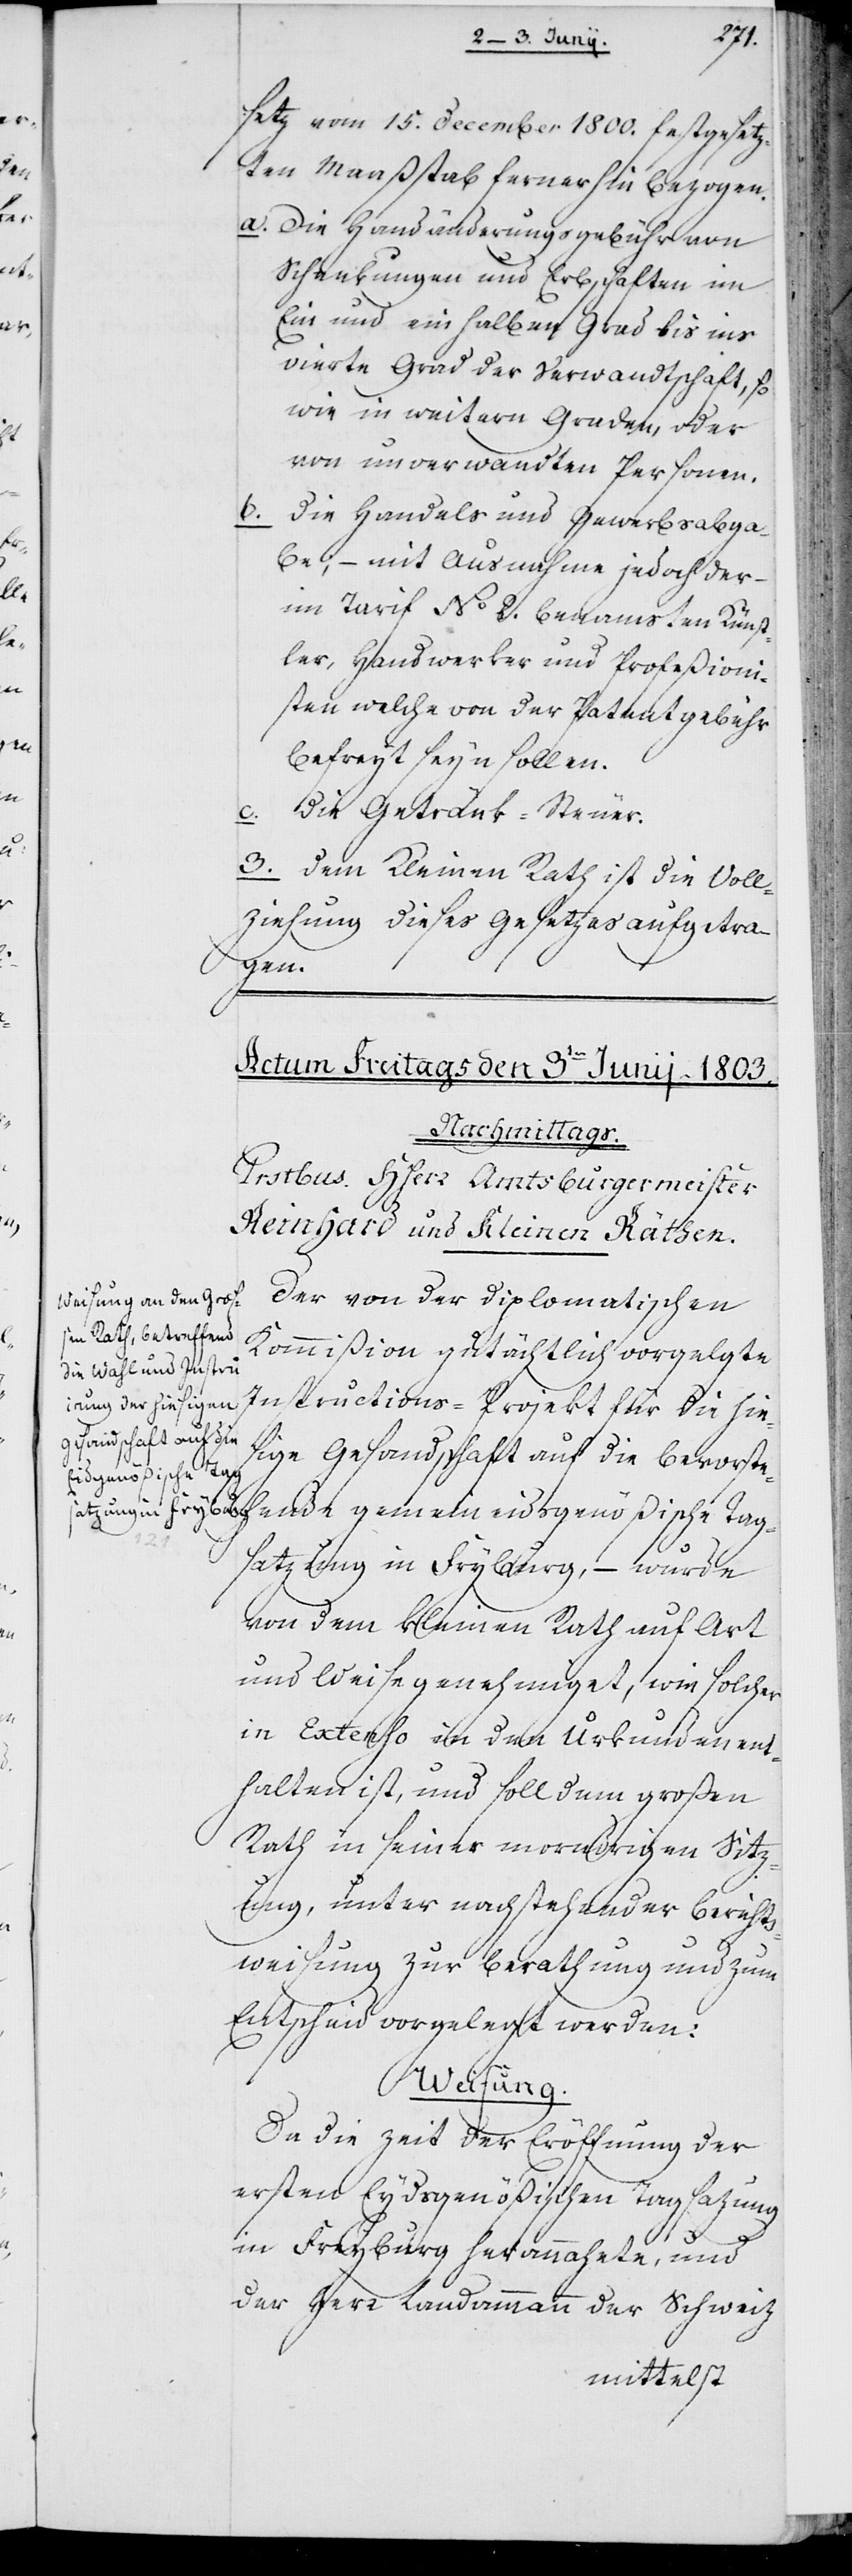
setz vom 15. December 1800. festgesetz¬
ten Maaßstab fernerhin bezogen.
a.	Die Handänderungsgebühren
Schenkungen und Erbschaften im
Ein und einhalben Grad bis ins
vierte Grad der Verwandtschaft, so
wie in weitern Graden, oder
von unverwandten Personen.
b.	Die Handels- und Gewerbsabga¬
be; – mit Ausnahme jedoch der
im Tarif No 2. benamsten Künst¬
ler, Handwerker und Profeßioni¬
sten, welche von der Patentgebühr
befreyt sein sollen.
c.	Die Getränk-Steuer.
3.	Dem Kleinen Rath ist die Voll¬
ziehung dieses Gesetzes aufgetra¬
gemein¬
Der von der diplomatischen
Kommißion gutächtlich vorgelegte
Instructions-Projekt für die hie¬
sige Gesandtschaft auf die bevorste¬
eidsgenößische Tag¬
satzung in Fryburg, – wurde
von dem Kleinen Rath auf Art
und Weise genehmiget, wie solcher
in Extenso in den Urkunden ent¬
halten ist, und soll dem großen
Rath in seiner morndrigen Sitz¬
ung, unter nachstehender Berichts¬
weisung zur Berathung und zum
Entscheid vorgelegt werden:
Weisung.
Da die Zeit der Eröffnung der
ersten Eydsgenößischen Tagsazung
in Freyburg herannahete, und
der Herr Landammann der Schweiz